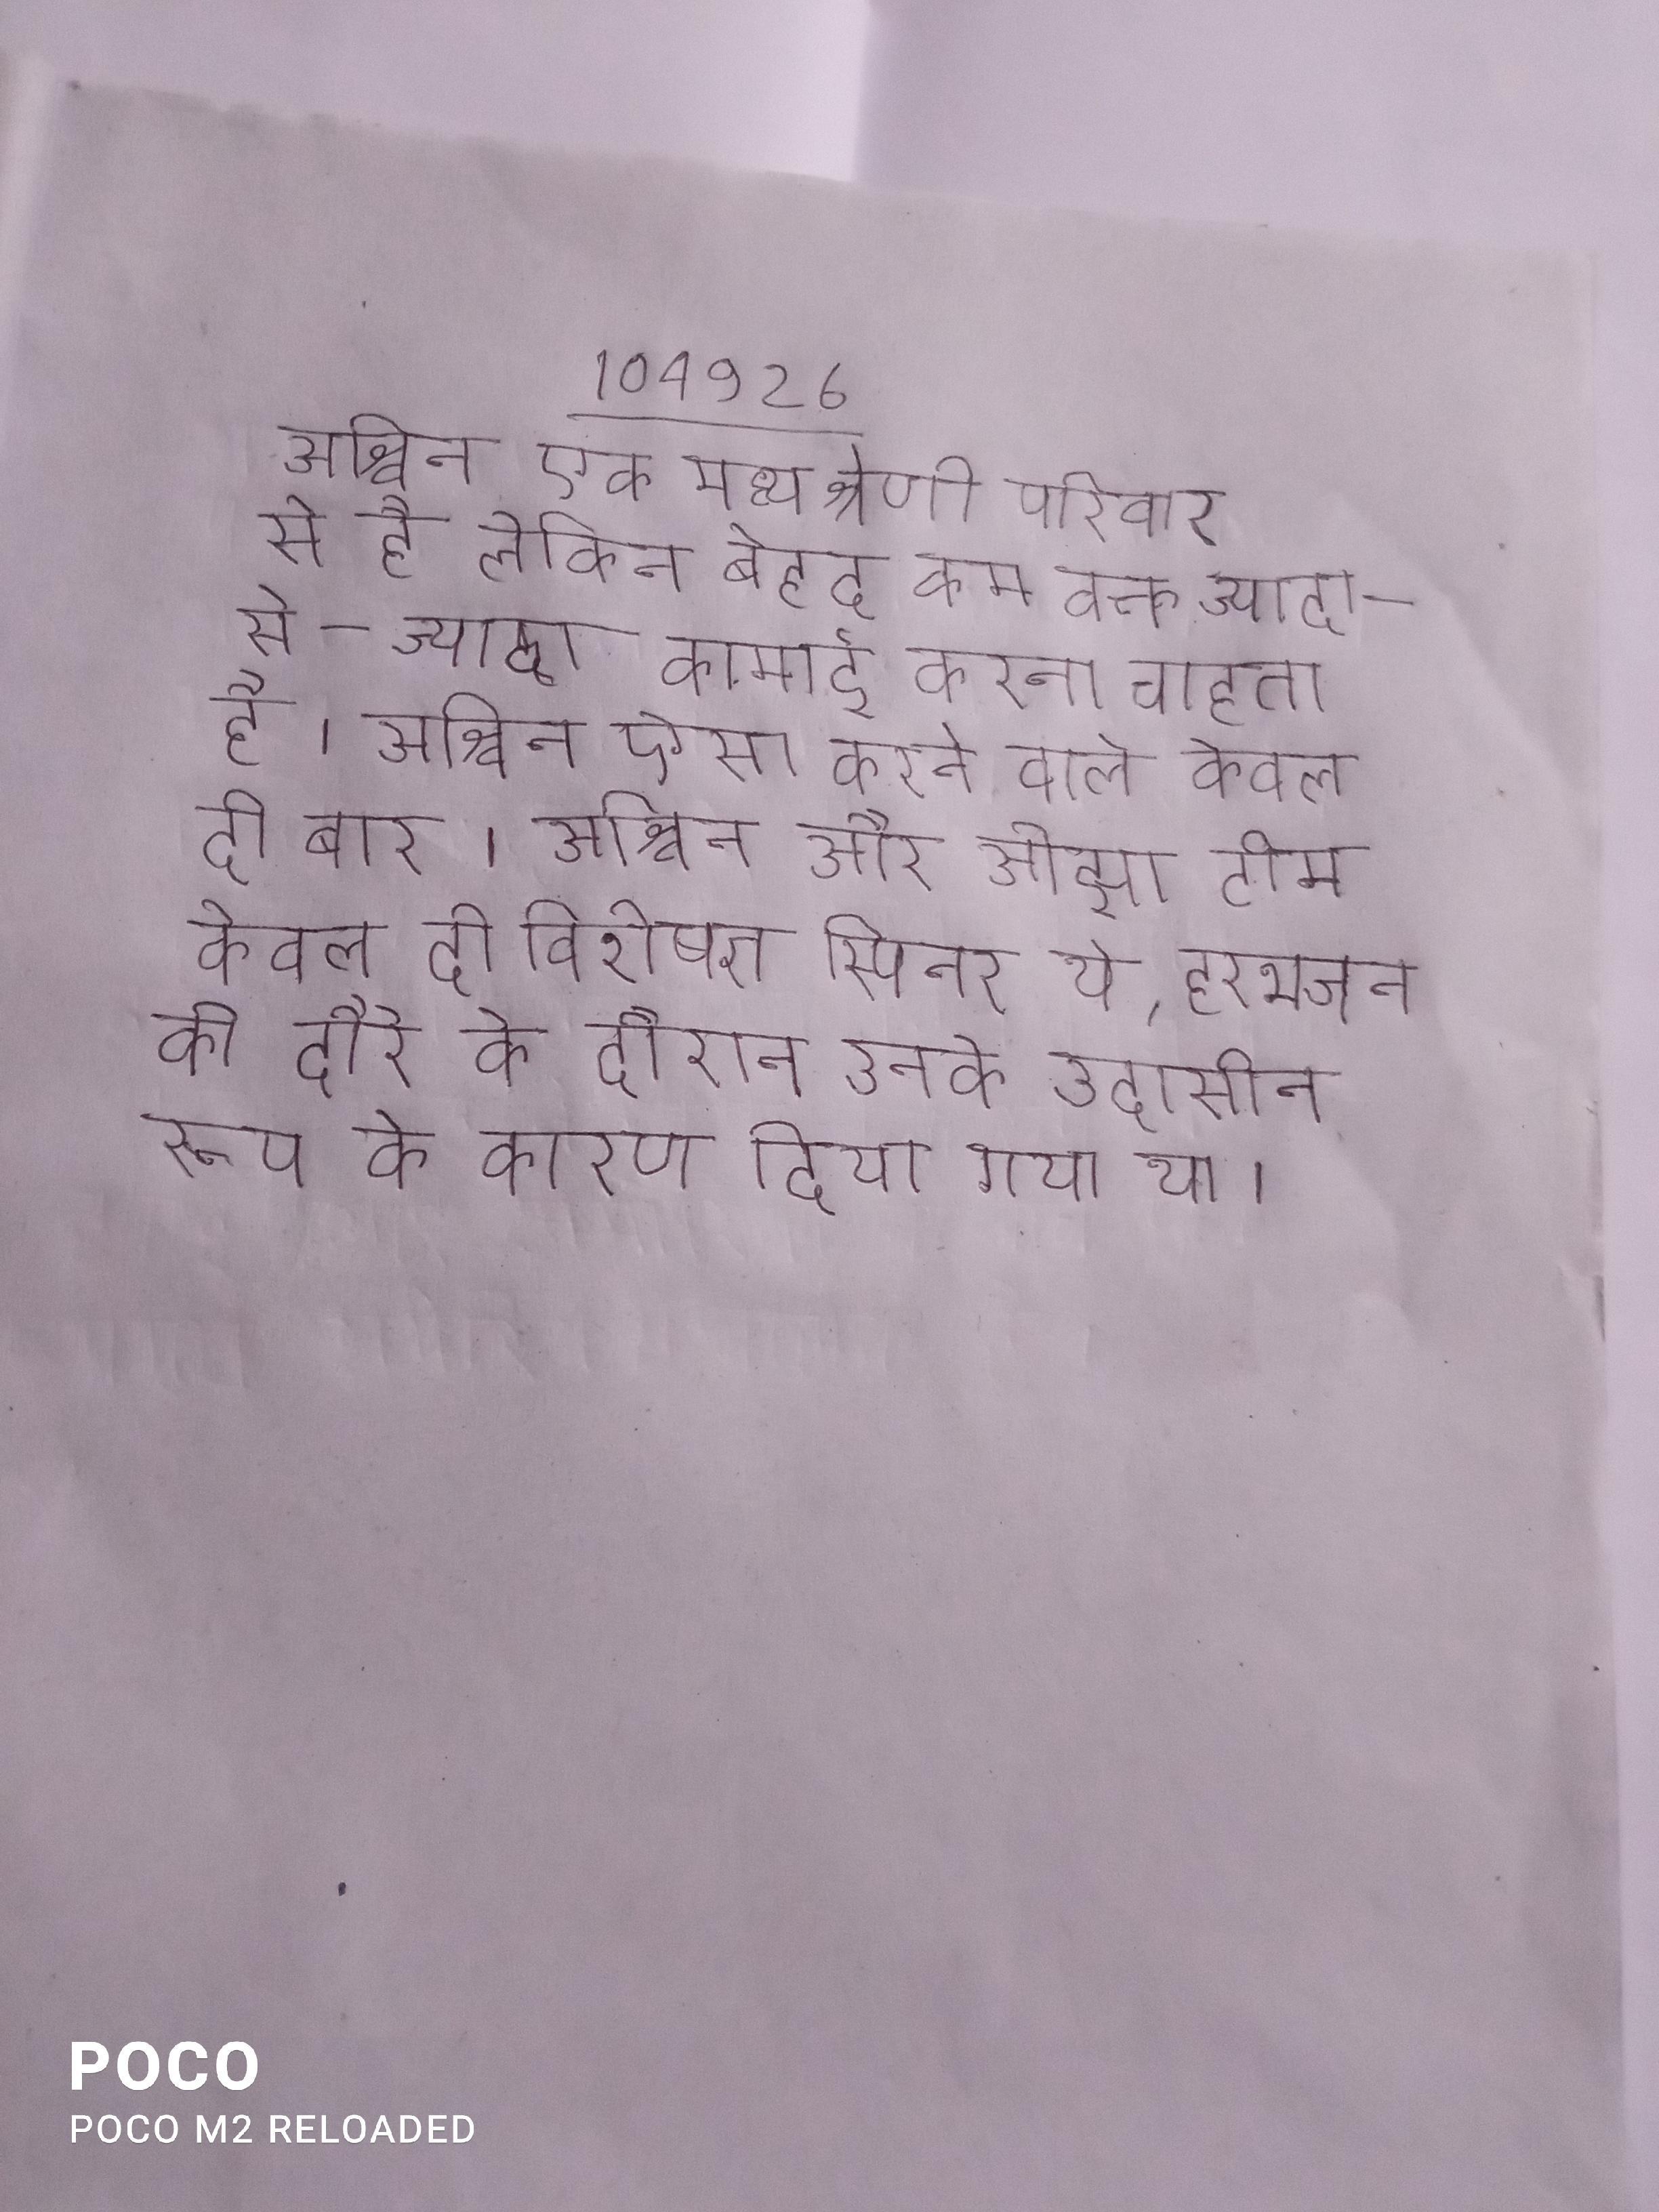
अश्विन एक मध्य श्रेणी परिवार से है लेकिन बेहद कम वक्त ज्यादा-से-ज्यादा कमाई करना चाहता है । अश्विन ऐसा करने वाले केवल दो बार । अश्विन और ओझा टीम केवल दो विशेषज्ञ स्पिनर थे, हरभजन को दौरे के दौरान उनके उदासीन रूप के कारण दिया गया था ।